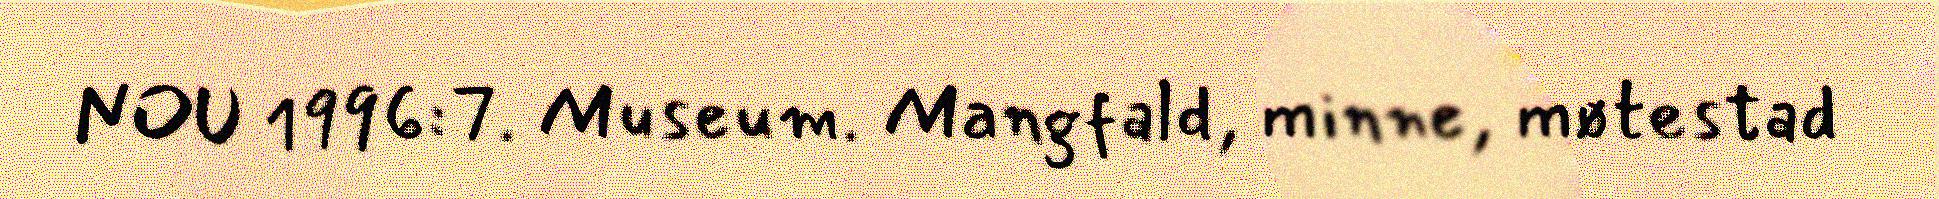
NOU 1996:7. Museum. Mangfald, minne, møtestad